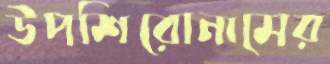
উপশিরোনামের